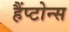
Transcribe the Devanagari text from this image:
हैंप्टोन्स